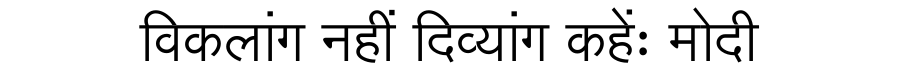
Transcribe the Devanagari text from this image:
विकलांग नहीं दिव्यांग कहेंः मोदी